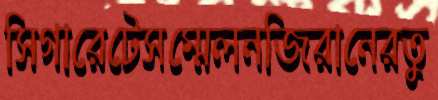
সিগারেটেসম্মেলনজিরানেরতু